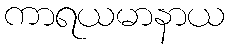
ကာရယမာနာယ